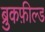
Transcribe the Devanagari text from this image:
ब्रुकफ़ील्ड